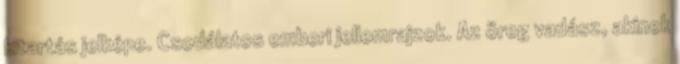
kitartás jelképe. Csodálatos emberi jellemrajzok. Az öreg vadász, akinek